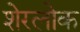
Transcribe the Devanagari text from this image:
शेरलोक